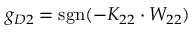
g _ { D 2 } = \mathrm { s g n } ( - K _ { 2 2 } \cdot W _ { 2 2 } )